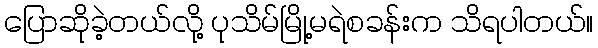
ပြောဆိုခဲ့တယ်လို့ ပုသိမ်မြို့မရဲစခန်းက သိရပါတယ်။